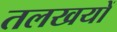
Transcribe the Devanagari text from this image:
तलखयों